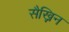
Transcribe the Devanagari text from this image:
सैख्निन